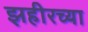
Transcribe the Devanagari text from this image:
झहीरच्या